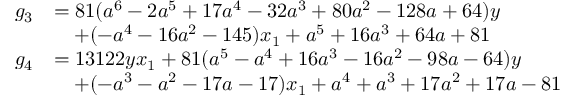
\begin{array} { r l } { g _ { 3 } } & { = 8 1 ( a ^ { 6 } - 2 a ^ { 5 } + 1 7 a ^ { 4 } - 3 2 a ^ { 3 } + 8 0 a ^ { 2 } - 1 2 8 a + 6 4 ) y } \\ & { \quad + ( - a ^ { 4 } - 1 6 a ^ { 2 } - 1 4 5 ) x _ { 1 } + a ^ { 5 } + 1 6 a ^ { 3 } + 6 4 a + 8 1 } \\ { g _ { 4 } } & { = 1 3 1 2 2 y x _ { 1 } + 8 1 ( a ^ { 5 } - a ^ { 4 } + 1 6 a ^ { 3 } - 1 6 a ^ { 2 } - 9 8 a - 6 4 ) y } \\ & { \quad + ( - a ^ { 3 } - a ^ { 2 } - 1 7 a - 1 7 ) x _ { 1 } + a ^ { 4 } + a ^ { 3 } + 1 7 a ^ { 2 } + 1 7 a - 8 1 } \end{array}